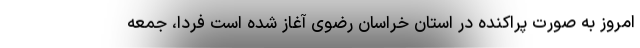
امروز به صورت پراکنده در استان خراسان رضوی آغاز شده است فردا، جمعه